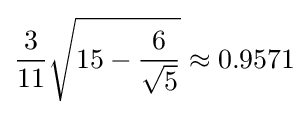
{\frac {3}{11}}{\sqrt {15-{\frac {6}{\sqrt {5}}}}}\approx 0.9571